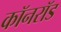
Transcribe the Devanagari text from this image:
कॉनरॉड